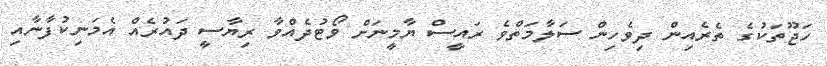
ހަޖޫތަކުގެ ތެރެއިން ދިވެހިން ސަލާމަތްވެ ރައީސް ޔާމީނަށް ވޯޓުދެއްވާ ރިޔާސީ ދައުރެއް އެމަނިކުފާނާއި